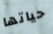
حياتها